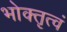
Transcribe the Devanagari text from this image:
भोक्तृत्वं